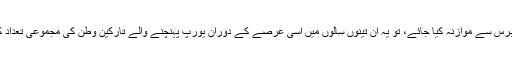
اس تعداد کا اگر پچھلے تين برس سے موازنہ کيا جائے، تو يہ ان تينوں سالوں ميں اسی عرصے کے دوران يورپ پہنچنے والے تارکين وطن کی مجموعی تعداد کا پندرہ فيصد بھی نہيں بنتی۔